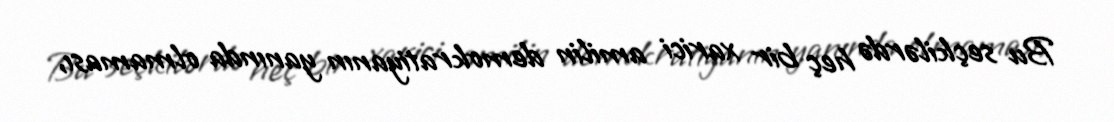
Bu seçkilərdə heç bir xarici amilin demokratiyanın yanında olmaması,